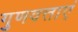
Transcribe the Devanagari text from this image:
गुणवत्ताएं